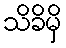
သိခိမှိ